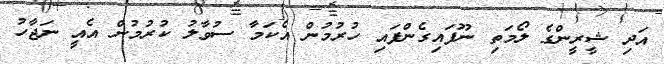
އަދި ޝީރީންގެ ލޯމަތި ނޫފައިގެންފައި ހުރުމުން އެކަމާ ސުވާލު ކުރުމުން އެއީ ނަޖާހު